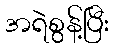
အရဲစွန့်ပြီး